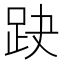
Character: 趹